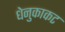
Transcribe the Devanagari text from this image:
धेनुकाकट